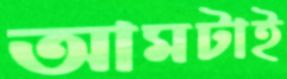
আমটাই